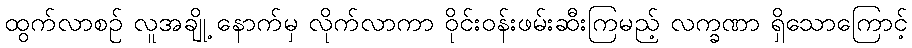
ထွက်လာစဉ် လူအချို့ နောက်မှ လိုက်လာကာ ဝိုင်းဝန်းဖမ်းဆီးကြမည့် လက္ခဏာ ရှိသောကြောင့်